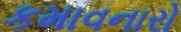
કમાવનારો